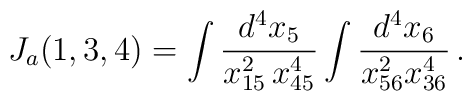
J_a(1,3,4) = \int \frac{d^4x_5}{x^2_{15} \, x^4_{45}} \int \frac{d^4x_6}{x^2_{56} x^4_{36}}\, .